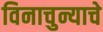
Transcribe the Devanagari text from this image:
विनाचुन्याचे